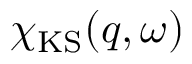
\chi _ { \mathrm { K S } } ( q , \omega )